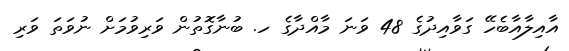
އާއިލާއާބެހޭ ގަވާއިދުގެ 48 ވަނަ މާއްދާގެ ހ. ބުނާގޮތުން ވަރިވުމަށް ނުވަތަ ވަރި